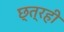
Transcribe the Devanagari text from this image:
छ्त्रही